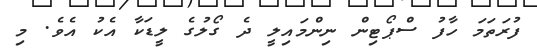
ފުރަތަމަ ހާފު ސްޕޯޓިން ނިންމައިލީ ދެ ގޯލުގެ ލީޑަކާ އެކު އެވެ. މި